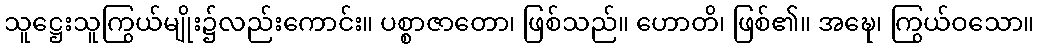
သူဋ္ဌေးသူကြွယ်မျိုး၌လည်းကောင်း။ ပစ္စာဇာတော၊ ဖြစ်သည်။ ဟောတိ၊ ဖြစ်၏။ အဍ္ဎေ၊ ကြွယ်ဝသော။